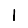
Digit: 1